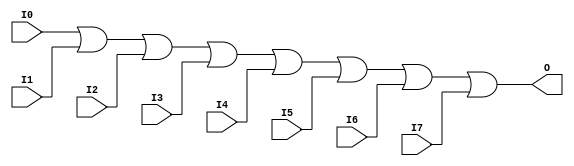

/*

FUNCTION	: 8-INPUT OR GATE

*/

`timescale  100 ps / 10 ps

`celldefine

module OR8 (O, I0, I1, I2, I3, I4, I5, I6, I7);


    output O;

    input  I0, I1, I2, I3, I4, I5, I6, I7;

    or O1 (O, I0, I1, I2, I3, I4, I5, I6, I7);

    specify
	(I0 *> O) = (0, 0);
	(I1 *> O) = (0, 0);
	(I2 *> O) = (0, 0);
	(I3 *> O) = (0, 0);
	(I4 *> O) = (0, 0);
	(I5 *> O) = (0, 0);
	(I6 *> O) = (0, 0);
	(I7 *> O) = (0, 0);
    endspecify

endmodule

`endcelldefine